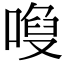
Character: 𠻍